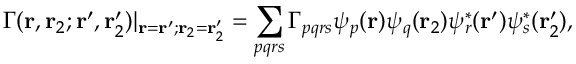
\Gamma ( \mathbf { r } , \mathbf { r } _ { 2 } ; \mathbf { r } ^ { \prime } , \mathbf { r } _ { 2 } ^ { \prime } ) | _ { \mathbf { r } = \mathbf { r } ^ { \prime } ; \mathbf { r } _ { 2 } = \mathbf { r } _ { 2 } ^ { \prime } } = \sum _ { p q r s } \Gamma _ { p q r s } \psi _ { p } ( \mathbf { r } ) \psi _ { q } ( \mathbf { r } _ { 2 } ) \psi _ { r } ^ { * } ( \mathbf { r } ^ { \prime } ) \psi _ { s } ^ { * } ( \mathbf { r } _ { 2 } ^ { \prime } ) ,